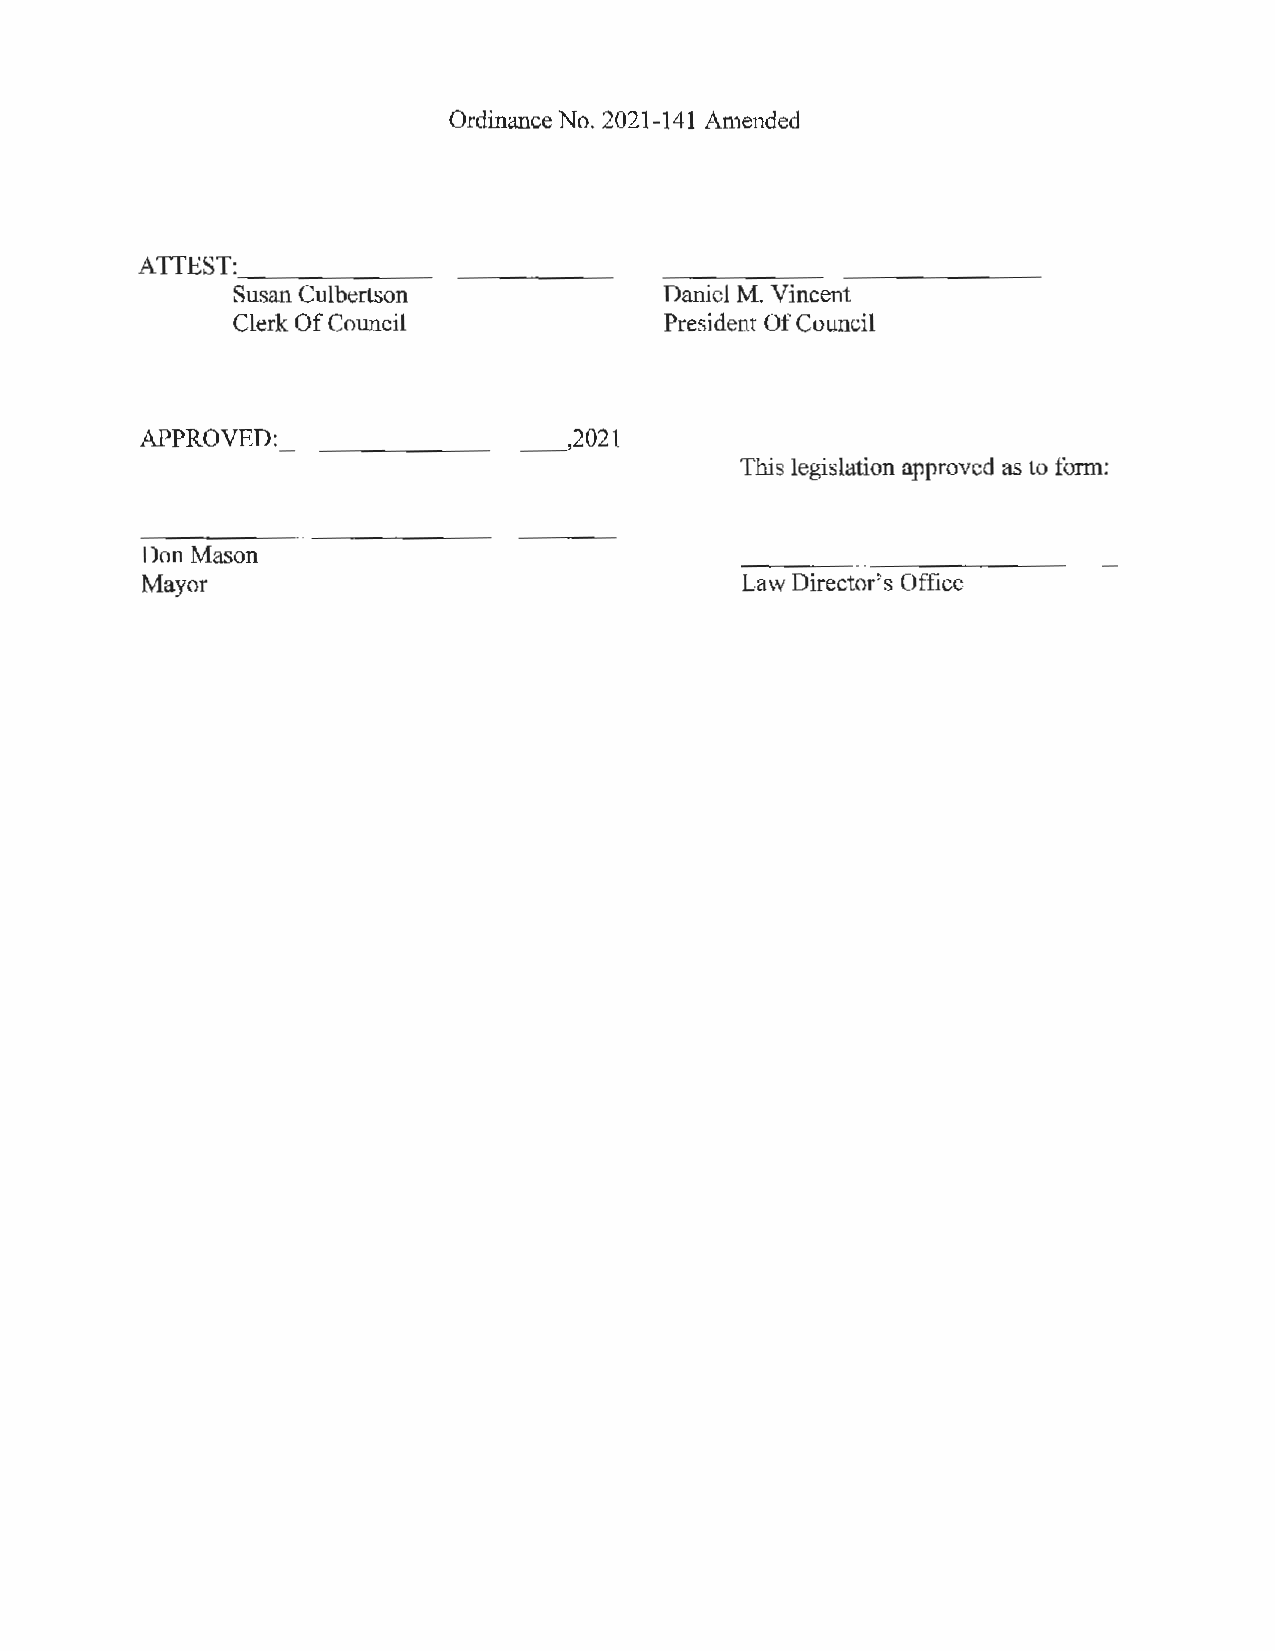
Ordinance No. 2021-141 Amended
 ATTEST:
 -----    - -------
 Susa n Culbertson            Daniel M. Vincent
 Clerk Of Council             President Of Council
 APPROVED:- -----     ---~2    021
 This legislation approved as to form:
 Don Mason
 Mayor                                   Law Director's Office